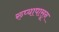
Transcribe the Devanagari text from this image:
रुप्यापासून